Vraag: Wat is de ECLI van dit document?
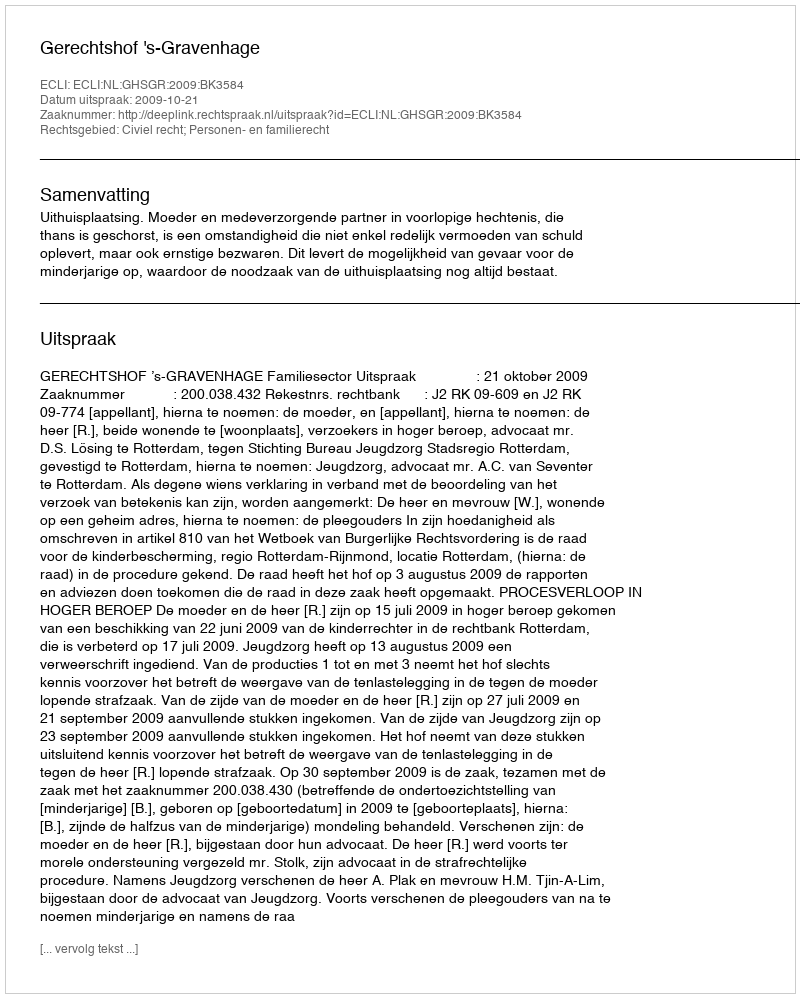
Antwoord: ECLI:NL:GHSGR:2009:BK3584